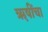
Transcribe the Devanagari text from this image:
ऋ़षींचा